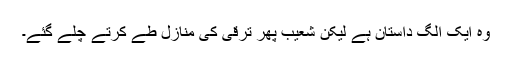
وہ ایک الگ داستان ہے لیکن شعیب پھر ترقی کی منازل طے کرتے چلے گئے۔